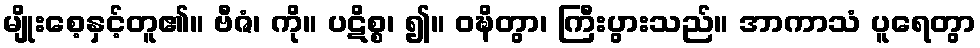
မျိုးစေ့နှင့်တူ၏။ ဗီဇံ၊ ကို။ ပဋိစ္စ၊ ၍။ ဝဍ္ဎိတွာ၊ ကြီးပွားသည်။ အာကာသံ ပူရေတွာ